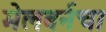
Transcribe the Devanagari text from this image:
मेलबर्नचा